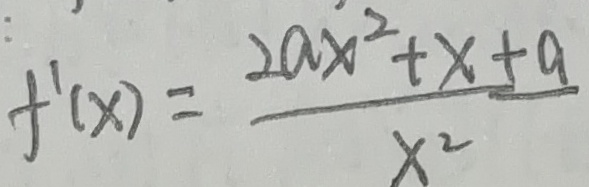
f ^ { \prime } ( x ) = \frac { 2 a x ^ { 2 } + x + a } { x ^ { 2 } }